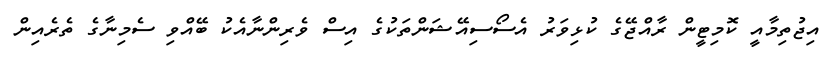
އިޖުތިމާއީ ކޮމިޓީން ރާއްޖޭގެ ކުޅިވަރު އެސޯސިއޭޝަންތަކުގެ އިސް ވެރިންނާއެކު ބޭއްވި ސެމިނާގެ ތެރެއިން